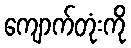
ကျောက်တုံးကို